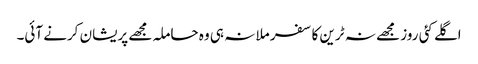
اگلے کئی روز مجھے نہ ٹرین کا سفر ملا نہ ہی وہ حاملہ مجھے پریشان کرنے آئی۔